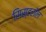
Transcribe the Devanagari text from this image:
सिस्टरॉल